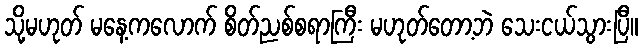
သို့မဟုတ် မနေ့ကလောက် စိတ်ညစ်စရာကြီး မဟုတ်တော့ဘဲ သေးငယ်သွားပြီ။